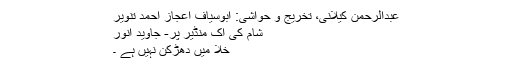
عبدالرحمٰن کیلانی، تخریج و حواشی: ابُوسیاف اعجاز احمد تنویر
شام کی اک منڈیر پر- جاوید انور
خلا میں دھڑکن نہیں ہے ۔